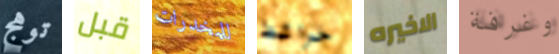
توهج قبل للمخدرات خرائط الاخيره وغرفة